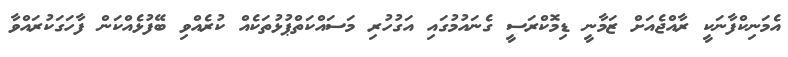
އެމަނިކްފާނަކީ ރާއްޖެއަށް ޒަމާނީ ޑިމޮކްރަސީ ގެނައުމުގައި އަގުހުރި މަސައްކަތްޕުޅުތަކެއް ކުރެއްވި ބޭފުޅެއްކަން ފާހަގަކުރައްވާ